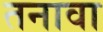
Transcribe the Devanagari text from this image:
तनावा